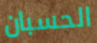
الحسبان